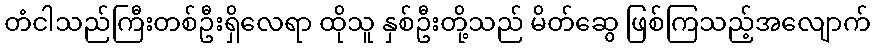
တံငါသည်ကြီးတစ်ဦးရှိလေရာ ထိုသူ နှစ်ဦးတို့သည် မိတ်ဆွေ ဖြစ်ကြသည့်အလျောက်